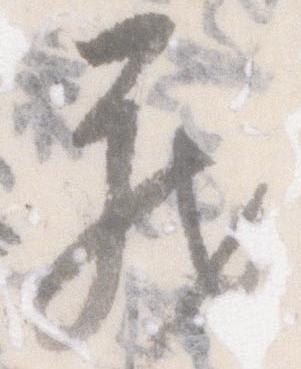
蔵